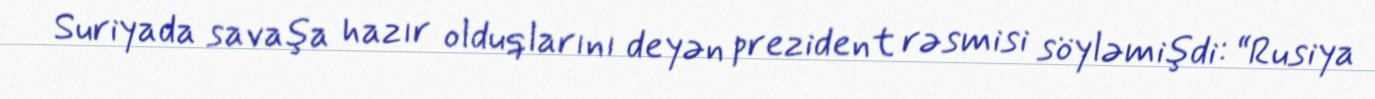
Suriyada savaşa hazır olduqlarını deyən prezident rəsmisi söyləmişdi: “Rusiya